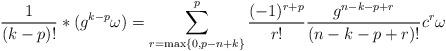
LaTeX: \begin{align*}{1\over (k-p)!}*(g^{k-p}\omega)=\sum_{r={\max\{0,p-n+k\}}}^p{(-1)^{r+p}\over r!}{g^{n-k-p+r}\over (n-k-p+r)!}c^r\omega\end{align*}